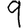
Digit: 9